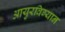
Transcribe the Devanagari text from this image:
आयुरविग्यान